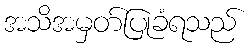
အသိအမှတ်ပြုခံရသည်